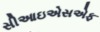
સીઆઇએસએફ